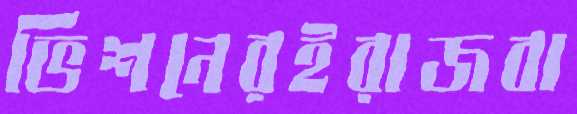
ভিশনেরইরাজবা